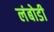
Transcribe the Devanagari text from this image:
लंबोडी